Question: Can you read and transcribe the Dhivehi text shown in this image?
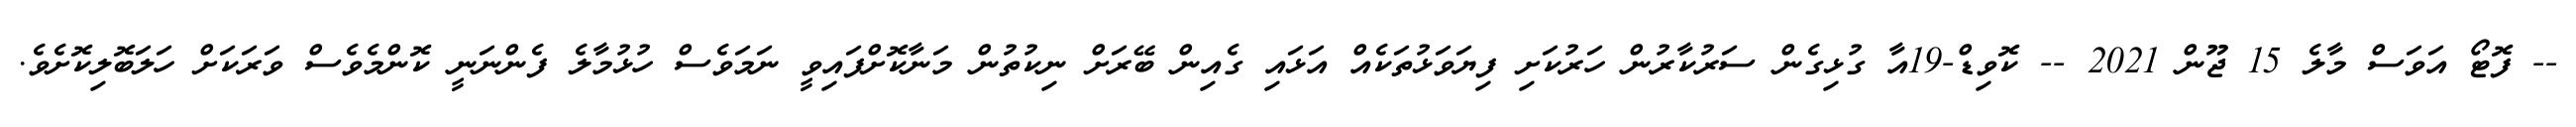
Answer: -- ފޮޓޯ އަވަސް މާލެ 15 ޖޫން 2021 -- ކޮވިޑް-19އާ ގުޅިގެން ސަރުކާރުން ހަރުކަށި ފިޔަވަޅުތަކެއް އަޅައި ގެއިން ބޭރަށް ނިކުތުން މަނާކޮށްފައިވީ ނަމަވެސް ހުޅުމާލެ ފެންނަނީ ކޮންމެވެސް ވަރަކަށް ހަލަބޮލިކޮށެވެ.